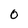
Character: 0